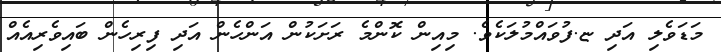
މަޑަވެލި އަދި ޏ.ފުވައްމުލަކެވެ. މިއިން ކޮންމެ ރަށަކުން އަންހެން އަދި ފިރިހެން ބައިވެރިއެއް